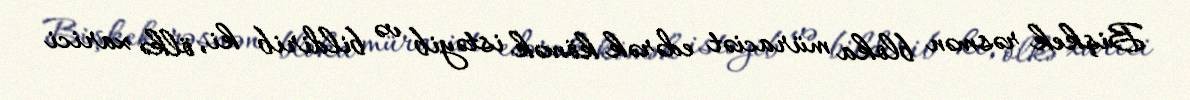
Bişkek rəsmən bloka müraciət edərək kömək istəyib və bildirib ki, ölkə xarici